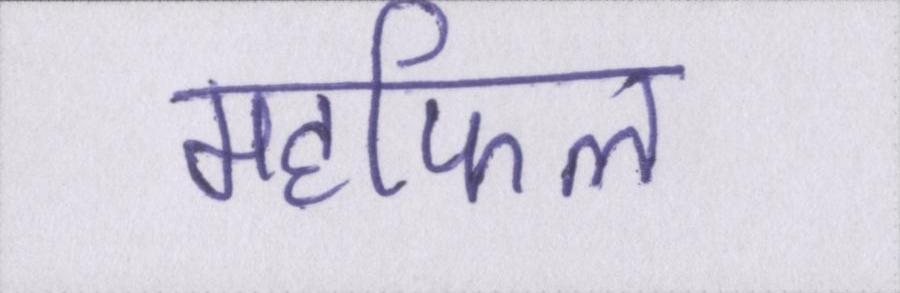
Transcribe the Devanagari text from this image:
महफिल